Language: tamil
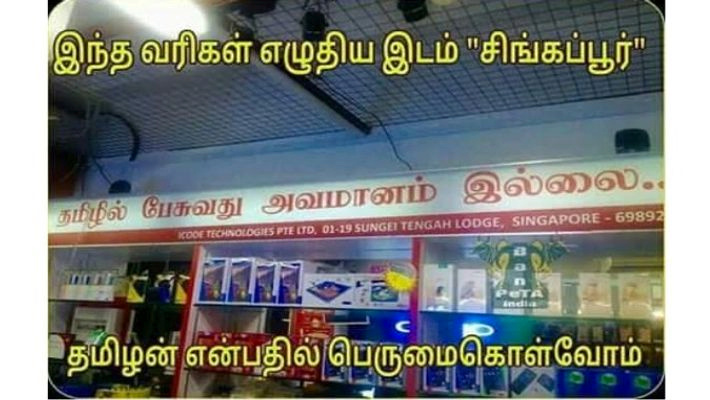
Transcription: இந்த வரிகள் சிங்கப்பூர் தமிழில் பேசுவது அவமானம் இல்லை தமிழன் என்பதில் பெருமைகொள்வோம் எழுதிய இடம்